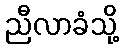
ညီလာခံသို့